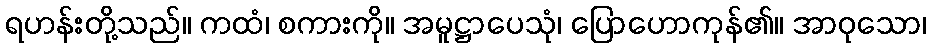
ရဟန်းတို့သည်။ ကထံ၊ စကားကို။ အမူဋ္ဌာပေသုံ၊ ပြောဟောကုန်၏။ အာဝုသော၊